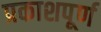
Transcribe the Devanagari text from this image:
प्रकाशपूर्ण